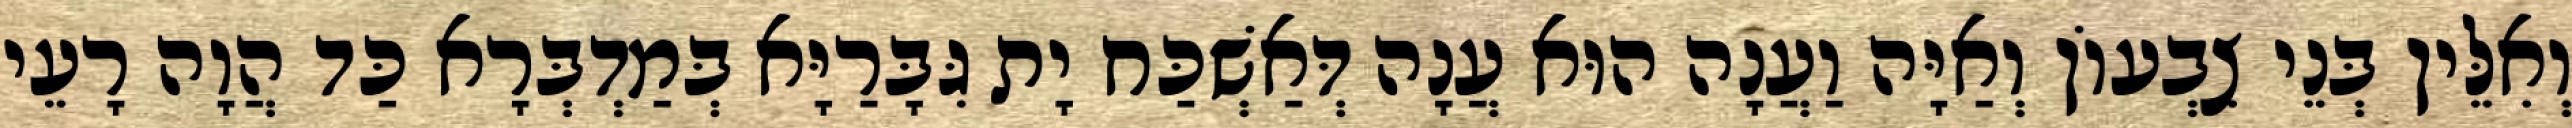
וְאִלֵּין בְּנֵי צִבְעוֹן וְאַיָּה וַעֲנָה הוּא עֲנָה דְּאַשְׁכַּח יָת גִּבָּרַיָּא בְּמַדְבְּרָא כַּד הֲוָה רָעֵי